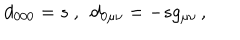
LaTeX: d _ { 0 0 0 } = s \ , \ \ d _ { 0 \mu \nu } = - s g _ { \mu \nu } \, ,